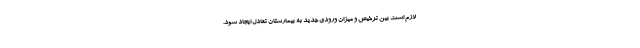
لازم است بین ترخیص و میزان ورودی جدید به بیمارستان تعادل ایجاد شود.